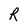
Character: R